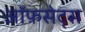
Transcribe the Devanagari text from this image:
ऑफ़सेट्स